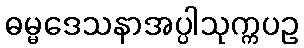
ဓမ္မဒေသနာအပ္ပါသုက္ကပဥ